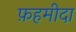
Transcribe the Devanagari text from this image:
फ़हमीदा